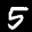
Label: 5